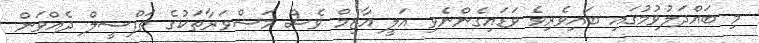
މި ބައްދަލުވުމުގައި ބައިވެރިވެ ވަޑައިގެންނެވި އަލީ އާޒިމް ވެސް މަޝްވަރާތަކުގެ ތަފްސީލް ދެއްވަން